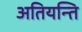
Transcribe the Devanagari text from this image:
अतियन्ति